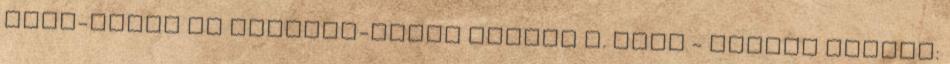
Test-lélek és szellem-világ SZÁNTÓ I. BÉLA - TÁBORI KORNÉL: